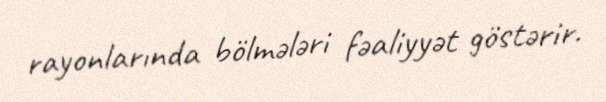
rayonlarında bölmələri fəaliyyət göstərir.